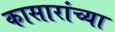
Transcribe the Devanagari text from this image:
कासारांच्या